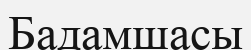
Бадамшасы